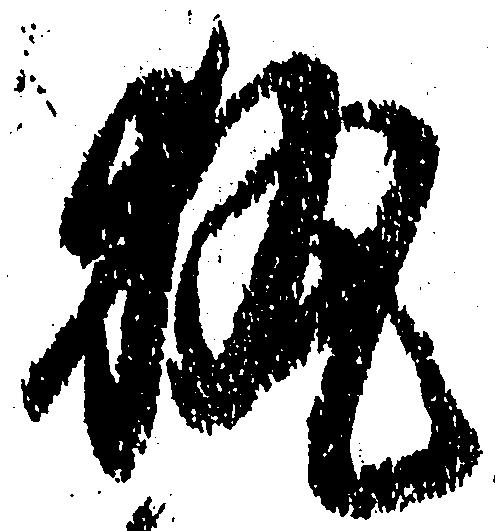
執